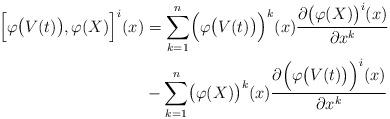
LaTeX: \begin{align*} \Bigl[\varphi\bigl(V(t)\bigr),\varphi(X)\Bigr]^i(x) &=\sum_{k=1}^n\Bigl(\varphi\bigl(V(t)\bigr)\Bigr)^k(x) \frac{\partial \bigl(\varphi(X)\bigr)^i(x)}{\partial x^k}\\ &-\sum_{k=1}^n\bigl(\varphi(X)\bigr)^k(x) \frac{\partial \Bigl(\varphi\bigl(V(t)\bigr)\Bigr)^i(x)}{\partial x^k} \end{align*}